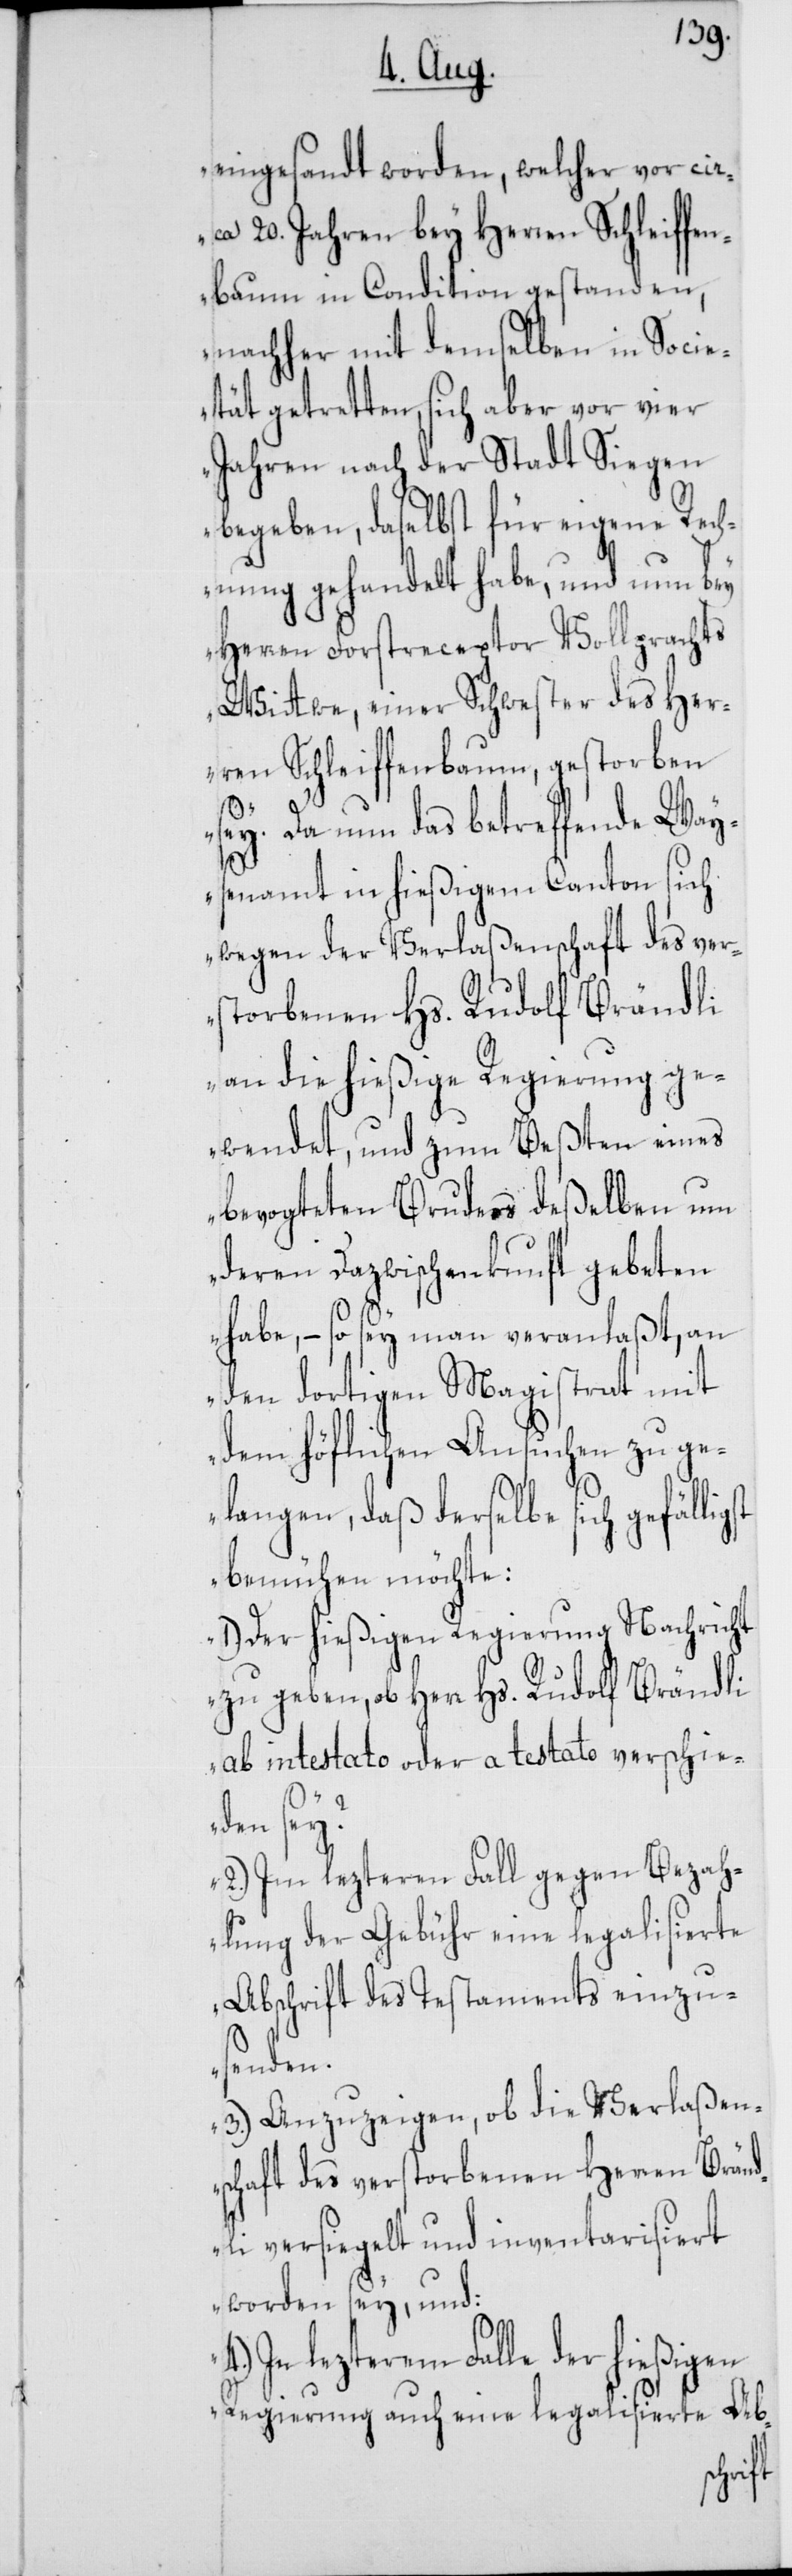
eingesandt worden, welcher vor cir¬
ca 20. Jahren bey Herren Schleiffe¬
nbaum in Condition gestanden,
nachher mit demselben in Socie¬
tät getretten, sich aber vor vier
Jahren nach der Stadt Siegen
begeben, daselbst für eigene Rech¬
nung gehandelt habe, und nun bey
Herren Forstreceptor Vollprachts
Wittwe, einer Schwester des Her¬
ren Schleiffenbaum, gestorben
sey. Da nun das betreffende Way¬
senamt in hießigem Canton sich
wegen der Verlaßenschaft des ver¬
storbenen Hs. Rudolf Brändli
an die hießige Regierung ge¬
wendet, und zum Beßten eines
bevogteten Bruders deßelben um
deren Dazwischenkunft gebeten
habe, – so sey man veranlaßt, an
den dortigen Magistrat mit
dem höflichen Ansuchen zu ge¬
langen, daß derselbe sich gefällig¬
bemühen möchte:
1.) Der hießigen Regierung Nachricht
zu geben, ob Herr Hs. Rudolf Brändli
ab intestato oder a testato verschie¬
den sey?
2.) Im lezteren Fall gegen Bezah¬
lung der Gebühr eine legalisierte
Abschrift des Testaments einzu¬
senden.
3.) Anzuzeigen, ob die Verlaßen¬
schaft des verstorbenen Herren Bränd¬
li versiegelt und inventarisiert
worden sey, und:
In lezterem Falle der hießigen
Regierung auch eine legalisierte Ab-
st